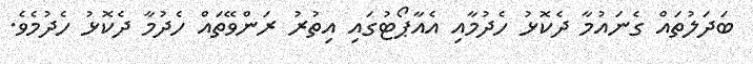
ބަދަލުތައް ގެނައުމާ ދެކޮޅު ހެދުމާއި އެއާޕޯޓުގައި އިތުރު ރަންވޭތައް ހެދުމާ ދެކޮޅު ހެދުމެވެ.